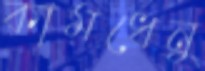
কামধেনু